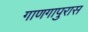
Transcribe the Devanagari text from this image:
गाणगापुरास